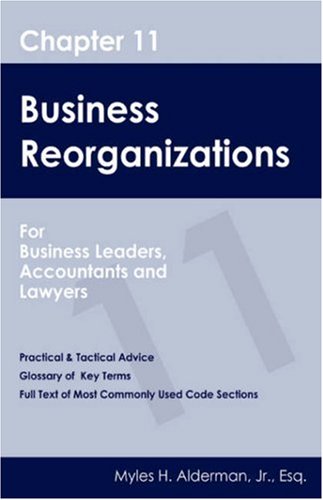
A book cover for Chapter 11 Business Reorganizations: For Business Leaders, Accountants And Lawyers; Myles H. Alderman Jr.; Law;